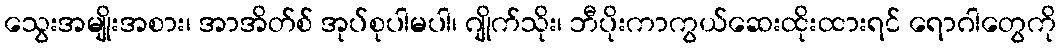
သွေးအမျိုးအစား၊ အာအိတ်စ် အုပ်စုပါမပါ၊ ဂျိုက်သိုး၊ ဘီပိုးကာကွယ်ဆေးထိုးထားရင် ရောဂါတွေကို